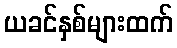
ယခင်နှစ်များထက်